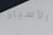
الأسياد